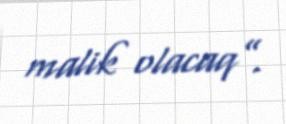
malik olacaq”.